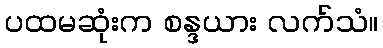
ပထမဆုံးက စန္ဒယား လက်သံ။